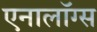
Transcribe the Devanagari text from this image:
एनालॉग्स